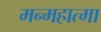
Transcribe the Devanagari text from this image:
मन्महात्मा